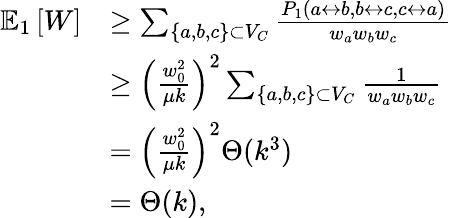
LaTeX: \begin{array}{rl}{\mathbb{E}_{1}\left[W\right]}&{\geq\sum_{\{ a,b,c\} \subset V_{C}}\frac{P_{1}(a\leftrightarrow b,b\leftrightarrow c,c\leftrightarrow a)}{w_{a}w_{b}w_{c}}}\\ &{\geq\left(\frac{w_{0}^{2}}{\mu k}\right)^{2}\sum_{\{ a,b,c\} \subset V_{C}}\frac{1}{w_{a}w_{b}w_{c}}}\\ &{=\left(\frac{w_{0}^{2}}{\mu k}\right)^{2}\Theta(k^{3})}\\ &{=\Theta(k),}\end{array}